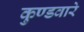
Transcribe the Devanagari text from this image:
कुण्डवारे